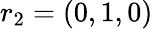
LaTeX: r_{2}=(0,1,0)